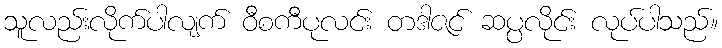
သူလည်းလိုက်ပါလျက် ဝီစကီပုလင်း တဒါဇင် ဆပ္ပလိုင်း လုပ်ပါသည်။